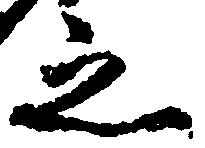
之